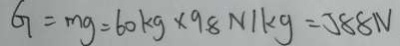
G = m g = 6 0 k g \times 9 . 8 N / k g = 5 8 8 N